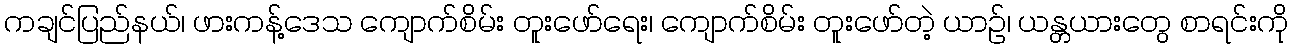
ကချင်ပြည်နယ်၊ ဖားကန့်ဒေသ ကျောက်စိမ်း တူးဖော်ရေး၊ ကျောက်စိမ်း တူးဖော်တဲ့ ယာဉ်၊ ယန္တယားတွေ စာရင်းကို